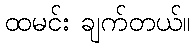
ထမင်း ချက်တယ်။